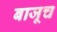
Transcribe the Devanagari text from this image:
बाजूच